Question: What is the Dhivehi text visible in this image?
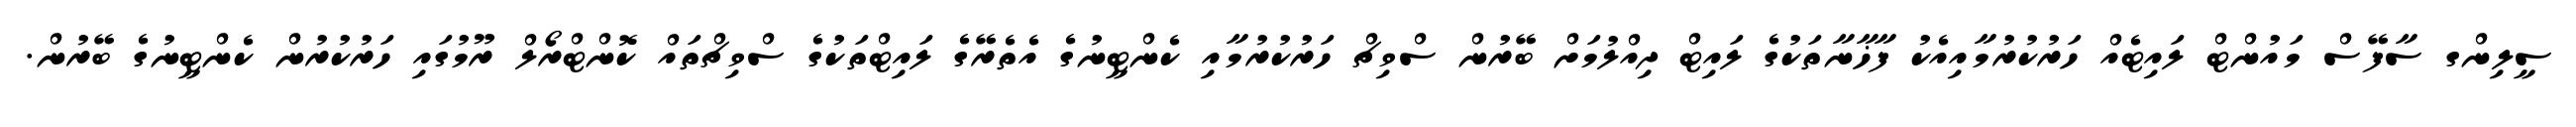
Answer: ސީލިންގ ސާފޭސް މައުންޓް ލައިޓެއް ހަރުކުރުމާއިއެކު ފާޚާނާތަކުގެ ލައިޓް ދިއްލުމަށް ބޭރުން ސްވިޗް ހަރުކުރުމާއި ކެންޓީނުގެ އެތެރޭގެ ލައިޓްތަކުގެ ސްވިޗްތައް ކޮންޓްރޯލް ރޫމުގައި ހަރުކުރުން ކެންޓީނުގެ ބޭރުން.